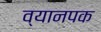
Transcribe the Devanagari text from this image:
व्यानपक